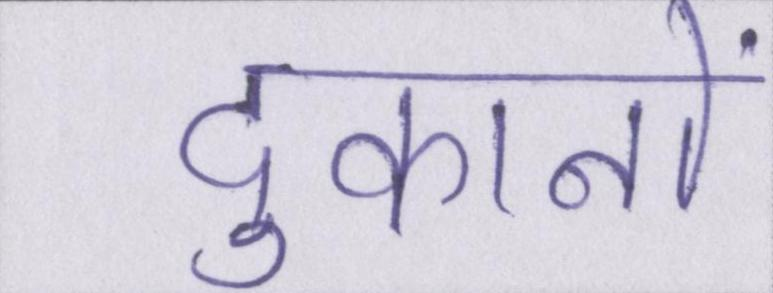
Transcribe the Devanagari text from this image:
दुकानों